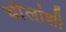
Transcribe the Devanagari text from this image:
चोलांशी